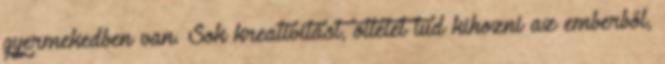
gyermekedben van. Sok kreativitást, ötletet tud kihozni az emberből,